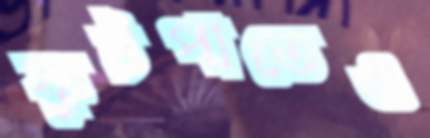
ফুটপাতেও